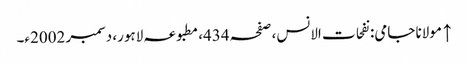
↑ مولانا جامی: نفحات الانس، صفحہ 434، مطبوعہ لاہور، دسمبر 2002ء۔